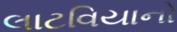
લાટવિયાનો